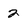
Character: 2